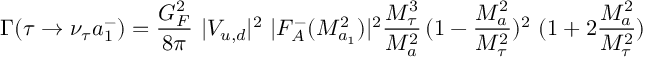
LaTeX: \Gamma ( \tau \rightarrow \nu _ { \tau } a _ { 1 } ^ { - } ) = \frac { G _ { F } ^ { 2 } } { 8 \pi } \ | V _ { u , d } | ^ { 2 } \ | F _ { A } ^ { - } ( M _ { a _ { 1 } } ^ { 2 } ) | ^ { 2 } \frac { M _ { \tau } ^ { 3 } } { M _ { a } ^ { 2 } } \, ( 1 - \frac { M _ { a } ^ { 2 } } { M _ { \tau } ^ { 2 } } ) ^ { 2 } \ ( 1 + 2 \frac { M _ { a } ^ { 2 } } { M _ { \tau } ^ { 2 } } )